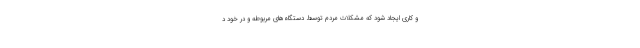
و کاری ایجاد شود که مشکلات مردم توسط دستگاه‌های مربوطه و در خود د